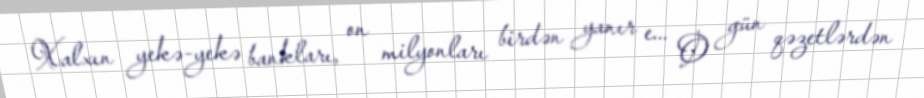
Xalxın yekə-yekə bankları, on milyonları birdən yanır e... O gün qəzetlərdən